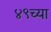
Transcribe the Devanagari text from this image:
४९च्या